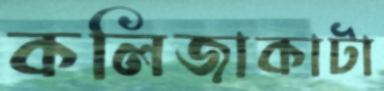
কলিজাকাটা